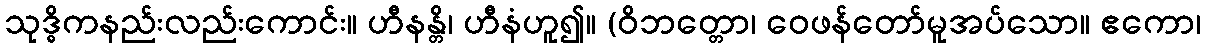
သုဒ္ဓိကနည်းလည်းကောင်း။ ဟီနန္တိ၊ ဟီနံဟူ၍။ (ဝိဘတ္တော၊ ဝေဖန်တော်မူအပ်သော။ ဧကော၊